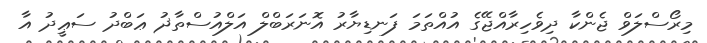
މިރޯސްލަވް ޖެންކާ ދިވެހިރާއްޖޭގެ އުއްތަމަ ފަނޑިޔާރު އޮނަރަބްލް އަލްއުސްތާޛު ޢަބްދު ސަޢީދު އާ